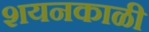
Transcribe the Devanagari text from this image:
शयनकाळी